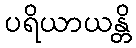
ပရိယာယန္တိ